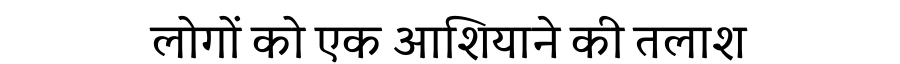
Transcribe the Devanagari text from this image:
लोगों को एक आशियाने की तलाश